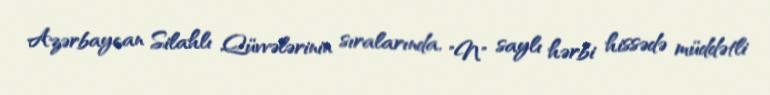
Azərbaycan Silahlı Qüvvələrinin sıralarında, "N" saylı hərbi hissədə müddətli